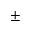
\pm